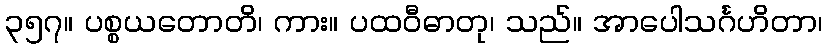
၃၅၇။ ပစ္စယတောတိ၊ ကား။ ပထဝီဓာတု၊ သည်။ အာပေါသင်္ဂဟိတာ၊